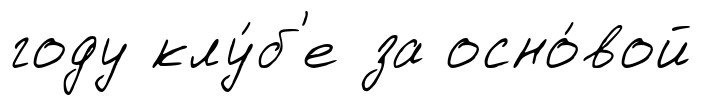
году клу́б'е за осно́вой